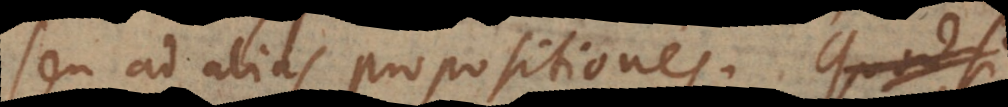
seu ad alias propositiones. §